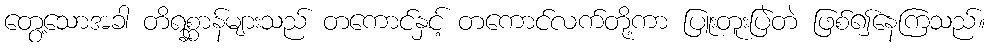
တွေ့သောအခါ တိရစ္ဆာန်များသည် တကောင်နှင့် တကောင်လက်တို့ကာ ပြူးတူးပြဲတဲ ဖြစ်၍နေကြသည်။